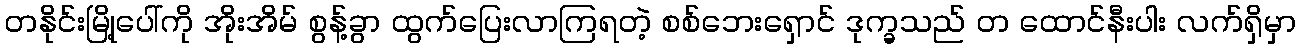
တနိုင်းမြို့ပေါ်ကို အိုးအိမ် စွန့်ခွာ ထွက်ပြေးလာကြရတဲ့ စစ်ဘေးရှောင် ဒုက္ခသည် တ ထောင်နီးပါး လက်ရှိမှာ